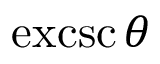
\operatorname { e x c s c } \theta